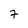
Character: 7